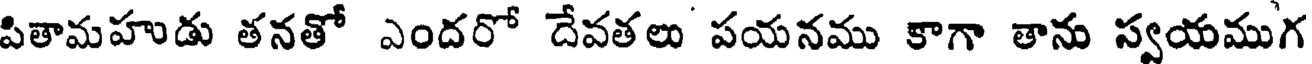
పితామహుడు తనతో ఎందరో దేవతలు పయనము కాగా తాను స్వయముగ